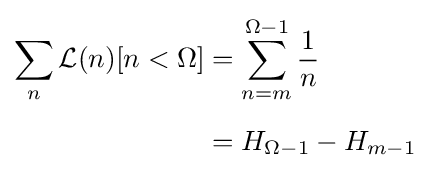
{\begin{aligned}\sum _{n}{\mathcal {L}}(n)[n<\Omega ]&=\sum _{n=m}^{\Omega -1}{\frac {1}{n}}\\[5pt]&=H_{\Omega -1}-H_{m-1}\end{aligned}}